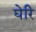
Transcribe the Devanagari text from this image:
घेरि